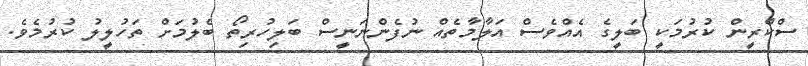
ސްކްރީން ކުރުމަކީ ބަލީގެ އެއްވެސް އަލާމާތެއް ނުފެންނަނީސް ބަލިހުރިތޯ ބެލުމަށް ތަހުލީލު ކުރުމެވެ.